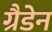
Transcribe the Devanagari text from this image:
ग्रैडेन